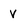
Character: v